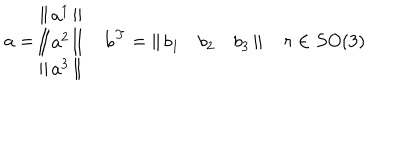
{ \bf a } = \left\| \begin{array} { c } { { a ^ { 1 } } } \\ { { a ^ { 2 } } } \\ { { a ^ { 3 } } } \\ \end{array} \right\| \quad { \bf b } ^ { T } = \left\| \begin{array} { c c c } { { b _ { 1 } } } & { { b _ { 2 } } } & { { b _ { 3 } } } \\ \end{array} \right\| \quad r \in S O ( 3 )